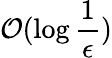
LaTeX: \mathcal{O}(\log\frac{1}{\epsilon})